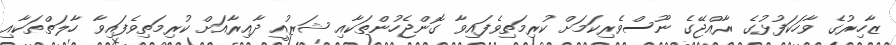
ޒާހިރުގެ ވާހަކަފުޅުގެ ރާއްޖޭގެ ނޫސްވެރިކަމަށް ކުރިމަތިވެފައިވާ ގޮންޖެހުންތަކާއި ޝަރުއީ ދާއިރާއަށް ކުރިމަތިވެފައިވާ ހާލަތްތަކާއި